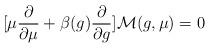
LaTeX: \begin{align*}[\mu{\partial\over\partial\mu} +\beta(g){\partial\over\partial g}]{\cal M}(g,\mu) = 0\end{align*}